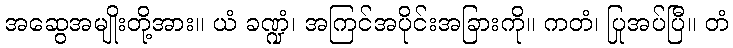
အဆွေအမျိုးတို့အား။ ယံ ခဏ္ဍံ၊ အကြင်အပိုင်းအခြားကို။ ကတံ၊ ပြုအပ်ပြီ။ တံ